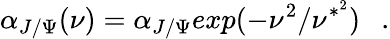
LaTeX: \alpha_{J/\Psi}(\nu)=\alpha_{J/\Psi}exp(-\nu^{2}/\nu^{*^{2}})\ \ \ .